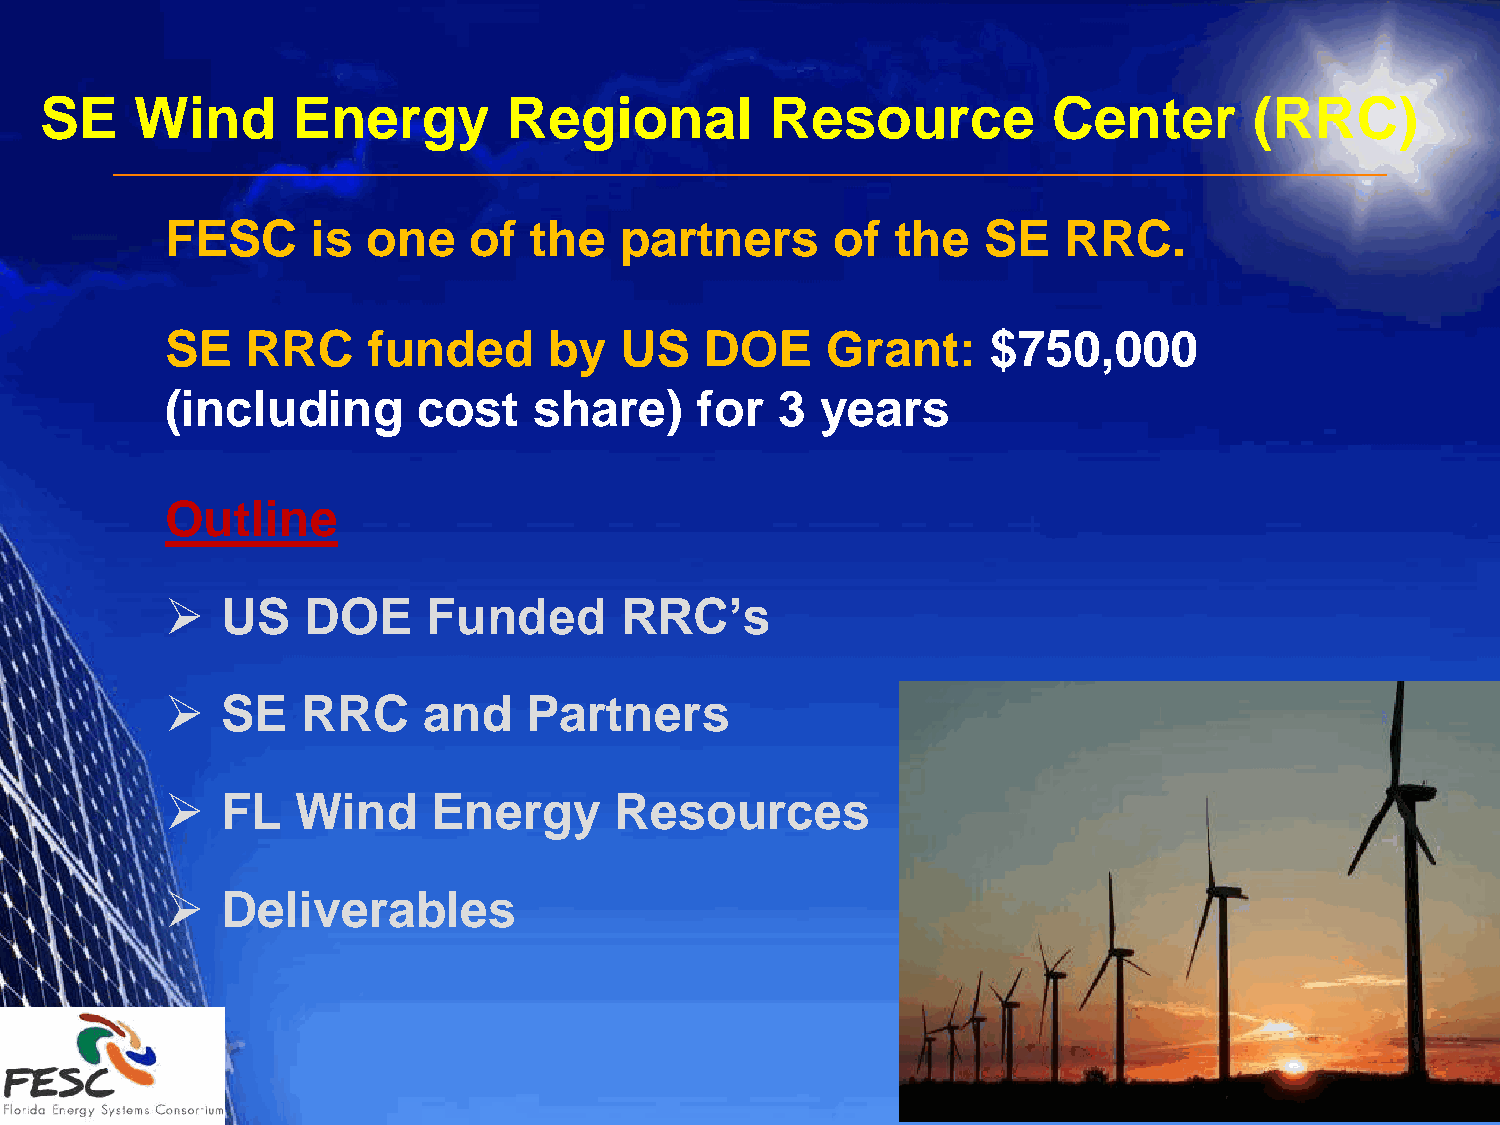
SE    Wind      Energy         Regional         Resource           Center       (RRC)
 FESC      is one    of  the   partners      of  the   SE   RRC.
 SE   RRC     funded      by   US    DOE     Grant:     $750,000
 (including       cost   share)     for   3 years
 Outline
    US   DOE     Funded       RRC’s
    SE   RRC     and    Partners
    FL   Wind     Energy      Resources
    Deliverables